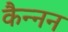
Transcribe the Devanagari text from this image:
कैन्नन